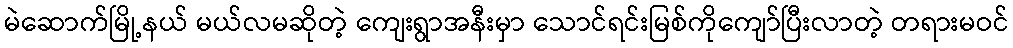
မဲဆောက်မြို့နယ် မယ်လမဆိုတဲ့ ကျေးရွာအနီးမှာ သောင်ရင်းမြစ်ကိုကျော်ပြီးလာတဲ့ တရားမဝင်